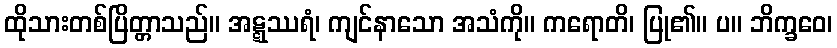
ထိုသားတစ်ပြိတ္တာသည်။ အဋ္ဋဿရံ၊ ကျင်နာသော အသံကို။ ကရောတိ၊ ပြု၏။ ပ။ ဘိက္ခဝေ၊